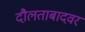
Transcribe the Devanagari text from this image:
दौलताबादवर